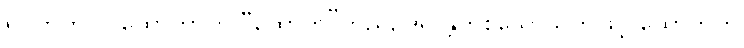
ရုပ်တွက်။ ။ ထောကာကို “ထောက”တည်, ဒူရ န္တိကစသောသုတ်ဖြင့် ထောကကို